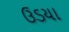
ઉડયા